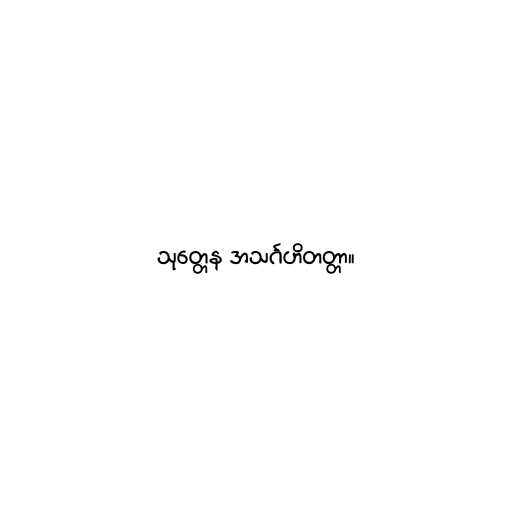
သုတ္တေန အသင်္ဂဟိတတ္တာ။